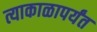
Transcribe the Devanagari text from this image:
त्याकाळापर्यंत